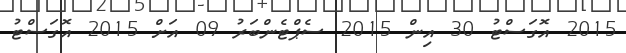
2015 އޮގަސްޓު 30 އިން 2015 ސެޕްޓެންބަރު 09 އަށް 2015 އޮގަސްޓު